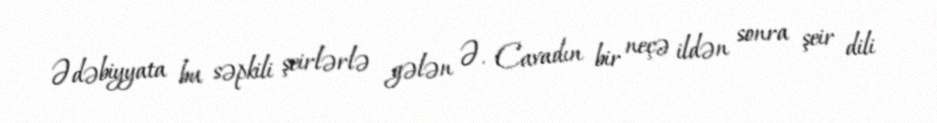
Ədəbiyyata bu səpkili şeirlərlə gələn Ə. Cavadın bir neçə ildən sonra şeir dili